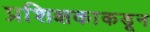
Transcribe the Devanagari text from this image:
प्रशिक्षकाकडून